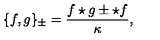
\{ f , g \} _ { \pm } = \frac { f \star g \pm \star f } { \kappa } ,